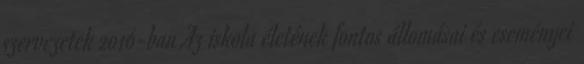
szervezetek 2016-ban Az iskola életének fontos állomásai és eseményei